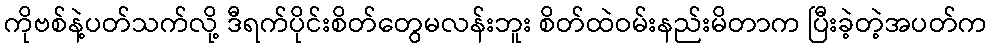
ကိုဗစ်နဲ့ပတ်သက်လို့ ဒီရက်ပိုင်းစိတ်တွေမလန်းဘူး စိတ်ထဲဝမ်းနည်းမိတာက ပြီးခဲ့တဲ့အပတ်က